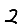
Digit: 2